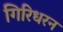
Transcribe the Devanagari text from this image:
गिरिधरन